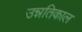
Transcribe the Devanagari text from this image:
उन्नतिकाल